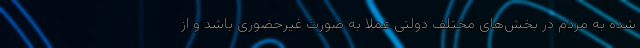
‌شده به مردم در بخش‌های مختلف دولتی عملا به صورت غیرحضوری باشد و از